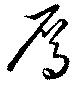
鴈